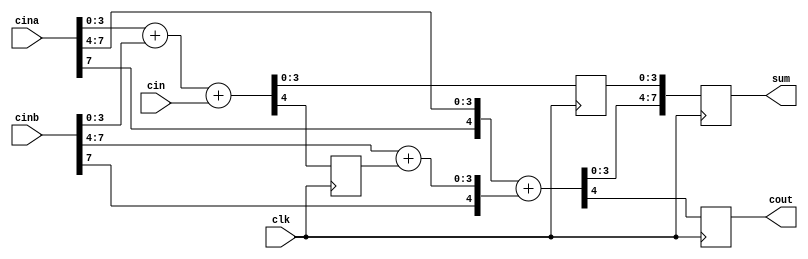
`timescale 1ns / 1ps
//////////////////////////////////////////////////////////////////////////////////
// Company: 
// Engineer: 
// 
// Design Name: 
// Module Name:    adder8_2 
// Project Name: 
// Target Devices: 
// Tool versions: 
// Description: 
//
// Dependencies: 
//
// Revision: 
// Revision 0.01 - File Created
// Additional Comments: 
//
//////////////////////////////////////////////////////////////////////////////////
module adder8_2(cout ,sum ,clk ,cina ,cinb ,cin) ;
input [7 :0]cina ,cinb;
input clk ,cin;
output [7 :0] sum;
output cout;
reg cout ;
reg cout1 ;
reg[3 :0]sum1;
reg[7 :0]sum;

always @(posedge clk) begin //4 ;
{cout1 , sum1} = cina [3 : 0] + cinb [3 : 0] + cin ; 
end
always @(posedge clk) begin  //4 ,8 ;
{cout ,sum} = {{cina[7],cina [7 :4]} +{cinb[7], cinb[7 :4] + cout1} ,sum1};
end

endmodule